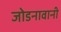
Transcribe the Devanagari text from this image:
जोडनावानी